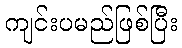
ကျင်းပမည်ဖြစ်ပြီး